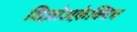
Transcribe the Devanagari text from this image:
शिज़ोअफ़ेक्टिव